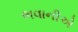
ભવાનીએ